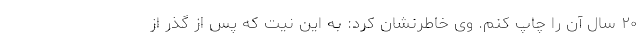
۲۰ سال آن را چاپ کنم. وی خاطرنشان کرد: به این نیت که پس از گذر از